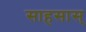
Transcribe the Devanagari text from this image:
साहसास्